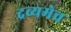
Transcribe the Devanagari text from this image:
द्रव्यमेव